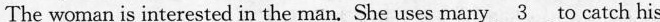
The woman is interested in the man, She uses many \underline{3} to catch his